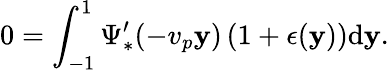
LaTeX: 0=\int_{-1}^{1}\Psi_{*}^{\prime}(-v_{p}\mathbf{y})\left(1+\epsilon(\mathbf{y})\right)\mathrm{{d}}\mathbf{y}.